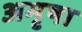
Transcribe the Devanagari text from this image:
अमृषा